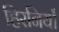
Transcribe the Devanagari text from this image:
हिरनियाँ